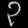
Digit: ၃